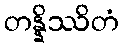
တန္နိဿိတံ